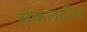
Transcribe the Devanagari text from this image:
संकलदीप